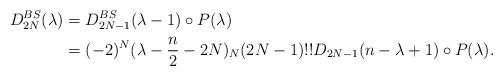
LaTeX: \begin{align*} D^{BS}_{2N}(\lambda)&=D^{BS}_{2N-1}(\lambda-1)\circ P(\lambda)\\ &=(-2)^{N}(\lambda-\frac n2-2N)_{N} (2N-1)!!D_{2N-1}(n-\lambda+1)\circ P(\lambda). \end{align*}